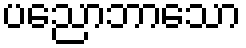
ပညောဘာသော